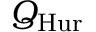
Q _ { \mathrm { H u r } }